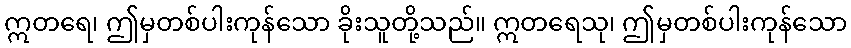
ဣတရေ၊ ဤမှတစ်ပါးကုန်သော ခိုးသူတို့သည်။ ဣတရေသု၊ ဤမှတစ်ပါးကုန်သော